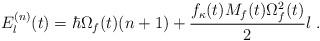
LaTeX: \begin{align*}E_l^{(n)}(t)=\hbar \Omega_f(t)(n+1)+\frac{f_{\kappa}(t) M_f(t)\Omega_f^2(t)}{2}l\;.\end{align*}